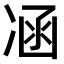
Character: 𠗙